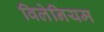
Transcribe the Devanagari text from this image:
विलेनियम